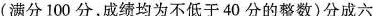
(满分100分，成绩均为不低于40分的整数)分成六